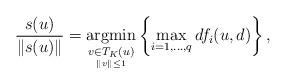
LaTeX: \begin{align*}\frac{s(u)}{\|s(u)\|} = \underset{\underset{\Vert v \Vert \leq 1}{v\in T_K(u)}}{\mbox{\rm argmin}} \left\{ \max\limits_{i=1,...,q} df_i(u,d) \right\},\end{align*}